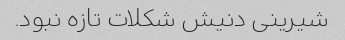
شیرینی دنیش شکلات تازه نبود.